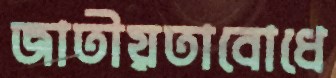
জাতীয়তাবোধে